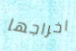
اخراجها